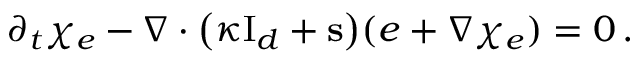
\partial _ { t } \chi _ { e } - \nabla \cdot \bigl ( \kappa \ensuremath { \mathrm { I } _ { d } } + \mathbf { s } \bigr ) ( e + \nabla \chi _ { e } ) = 0 \, .